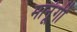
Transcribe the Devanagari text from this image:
मानूंगी